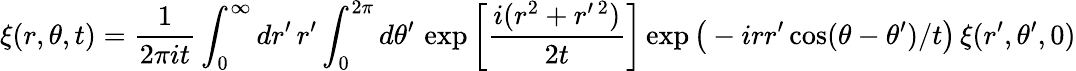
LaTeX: \xi(r,\theta,t)=\frac{1}{2\pi it}\int_{0}^{\infty}dr^{\prime}\, r^{\prime}\int_{0}^{2\pi}d\theta^{\prime}\, \exp\bigg[\frac{i(r^{2}+r^{\prime\, 2})}{2t}\bigg]\exp\big(-irr^{\prime}\cos(\theta-\theta^{\prime})/t\big)\, \xi(r^{\prime},\theta^{\prime},0)